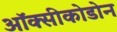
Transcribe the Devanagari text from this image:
ऑक्सीकोडोन